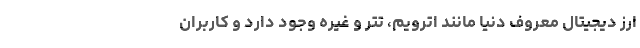
ارز دیجیتال معروف دنیا مانند اترویم، تتر و غیره وجود دارد و کاربران